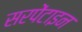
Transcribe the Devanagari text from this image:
सरपेंटाइन